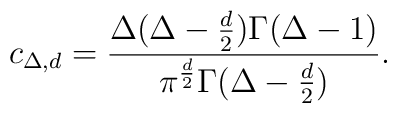
c_{\Delta, d} ={ \Delta(\Delta-{d\over 2})\Gamma(\Delta-1)       \over\pi^{d\over 2} \Gamma(\Delta-{d\over 2})}.